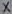
Text: X